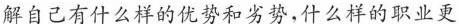
解自己有什么样的优势和劣势，什么样的职业更